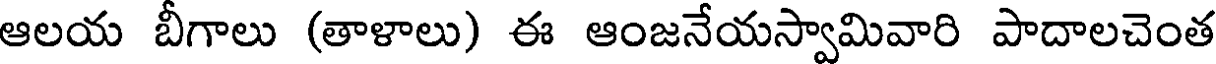
ఆలయ బీగాలు (తాళాలు) ఈ ఆంజనేయస్వామివారి పాదాలచెంత